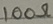
Text: 100Ω